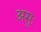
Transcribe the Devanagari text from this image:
असुः